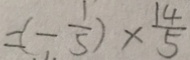
= ( - \frac { 1 } { 5 } ) \times \frac { 1 4 } { 5 }